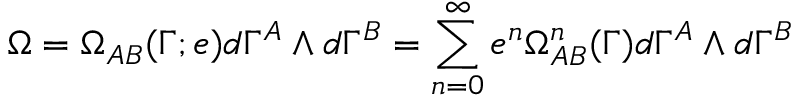
\Omega = \Omega _ { A B } ( \Gamma ; e ) d \Gamma ^ { A } \wedge d \Gamma ^ { B } = \sum _ { n = 0 } ^ { \infty } e ^ { n } \Omega _ { A B } ^ { n } ( \Gamma ) d \Gamma ^ { A } \wedge d \Gamma ^ { B }